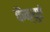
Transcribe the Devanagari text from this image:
कैंक्युएं